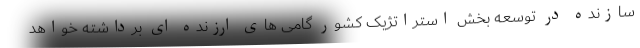
سازنده در توسعه بخش استراتژیک کشور گامی های ارزنده ای برداشته خواهد